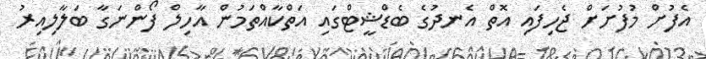
އެފުށް މުފުށަށް ޖެހިފައި އޮތް އެނދުގެ ބެޑްޝީޓްގައި އަތްކާއްތަމުން އާހިލް ފޯންނަގާ ބަލާލިއިރު